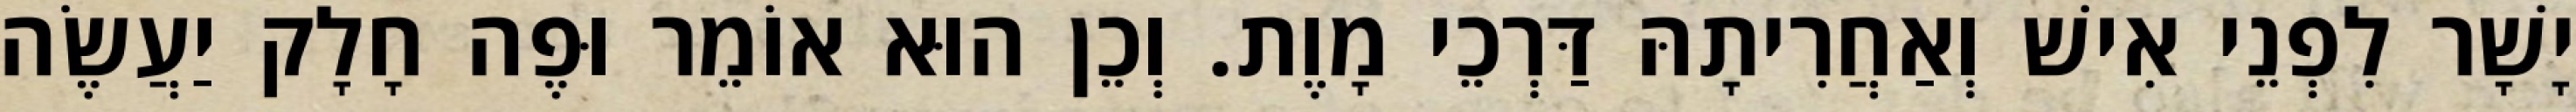
יָשָׁר לִפְנֵי אִישׁ וְאַחֲרִיתָהּ דַּרְכֵי מָוֶת. וְכֵן הוּא אוֹמֵר וּפֶה חָלָק יַעֲשֶׂה